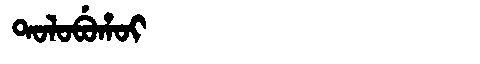
Manchu: ᡨᠣᠯᠣᠪᡠᡥᠣᡳ
Romanization: TOLOBUHOI